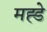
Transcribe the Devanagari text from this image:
मह्डे